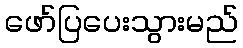
ဖော်ပြပေးသွားမည်